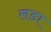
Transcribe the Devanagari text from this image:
लङा